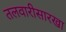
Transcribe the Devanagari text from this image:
तलवारीसारखा